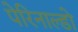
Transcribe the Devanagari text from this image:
पेरिनाल्डो